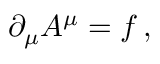
\partial _ { \mu } A ^ { \mu } = f \, ,